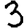
Digit: 3